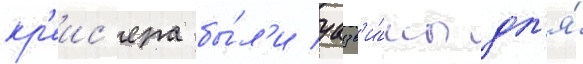
кр'еис'ера бы́л'и уазв'и́мы дл'я́